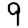
Digit: 9